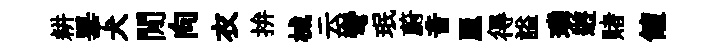
耕畢犬閒向衣拚械云彎珉蔚音麗得謚璘逰賭饘